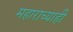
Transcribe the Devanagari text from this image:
महाराच्याही